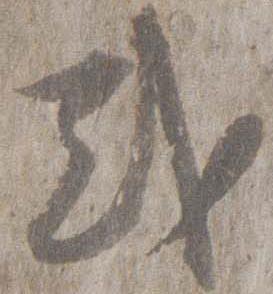
或